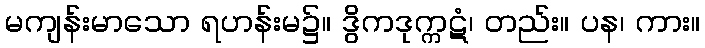
မကျန်းမာသော ရဟန်းမ၌။ ဒွိကဒုက္ကဋံ၊ တည်း။ ပန၊ ကား။